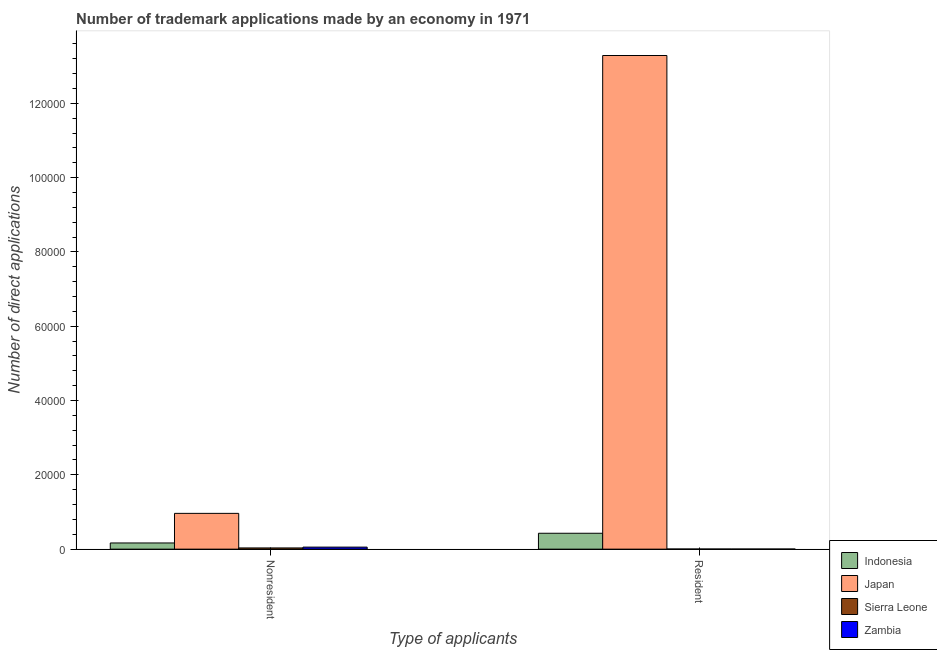
| Type of applicants | Indonesia | Japan | Sierra Leone | Zambia |
 | --- | --- | --- | --- | --- |
 | Nonresident | 1.67e+03 | 9.63e+03 | 328 | 546 |
 | Resident | 4.28e+03 | 1.33e+05 | 34 | 28 |